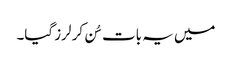
میں یہ بات سُن کر لرز گیا۔